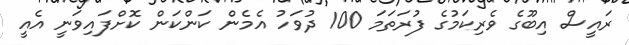
ރައީސް އިބޫގެ ވެރިކަމުގެ ފުރަތަމަ 100 ދުވަހު އެމެން ކަންކަން ކޮށްފައިވަނީ އެއީ